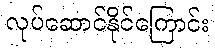
လုပ်ဆောင်နိုင်ကြောင်း